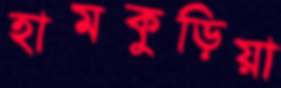
হামকুড়িয়া